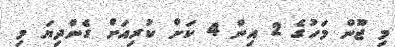
މި ޖޫން މަހުގެ 2 އިން 4 ކަށް ކުރިއަށް ގެންދިޔަ މި